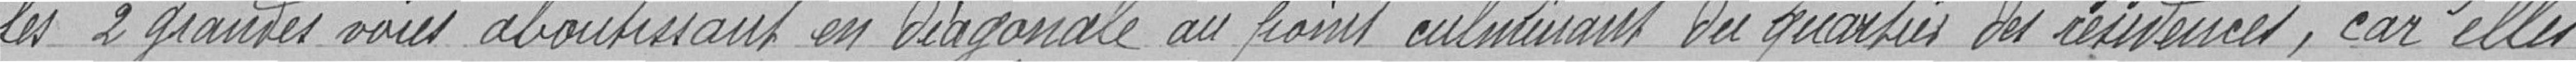
les 2 grandes voies aboutissant en diagonale au point culminant du quartier des résidences, car elles